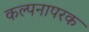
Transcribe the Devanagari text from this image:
कल्पनापरक